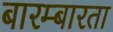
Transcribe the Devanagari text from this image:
बारम्‍बारता